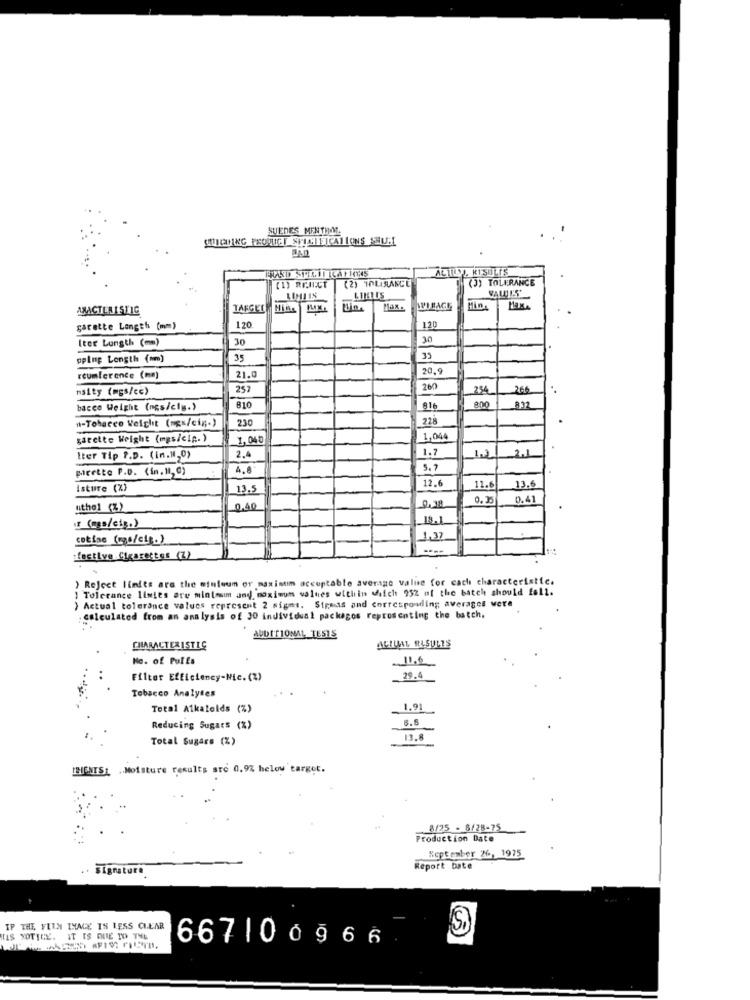
SUEDES MENTHOL
ALTAY, KTSOLIS
(2) 10LISANCE
(J) TOLERANCE
(1) REJECT
AMACTERISTIC
TARGET Hits
Max.
garette Length (mm)
120
120
Iter Lungth (mm)
30
30
pping Length (am)
35
20.9
reumlerence (mm)
21.0
naity (mgs/ce)
257
200
254
260
810
bacco Weight (ngs/cly.)
816
800
832
"-Tobacco Weight (ngs/cig ;- )
230
228
garette Weight (mgs/cip.)
1,04€
1,044
2.4
Iter Tip P.D. (in.W,0)
1.7
12
pairetto P.D. (in.18, 0)
4.6
5.7
12.6
Isture (%)
13.5
11.6
13.6
0.35
0.41
uthel (%)
0.00
18.1
(ms/cts.)
cotiae (ugs/cig.)
1,37
Lective Cigarettes (Z)
) Reject limits are the winluum or maximum acceptable average value for cach characteristic.
) Tolerance limies are mintom and, maximum values within which 952 of the batch should fall.
) Actual tolerance values represent 2 nigmt. Strmas and correspondling averages were
calculated from an analysis of 30 individual packagos representing the batch.
ADDITIONAL TESTS
CHARACTERISTIC
ACTUAL RESULTS
No. of Pulls
.11.6
Filter Efficiency-Nic. (%)
29.4
Tobacco Analyses
Total Alkalelds (%)
1.91
5.5
Reducing Sugars (%)
Total Sugare (%)
13.8
THENTS :. .. Moisture results are 0.9% below target.
8/25 - 8/28-75
Production Date
September 26, 1975
signature
Report bate
IP THE FUUN IMAGE IS LESS CLEAR
LIS NOTICE. IT IS DUE TO THE
667|06966